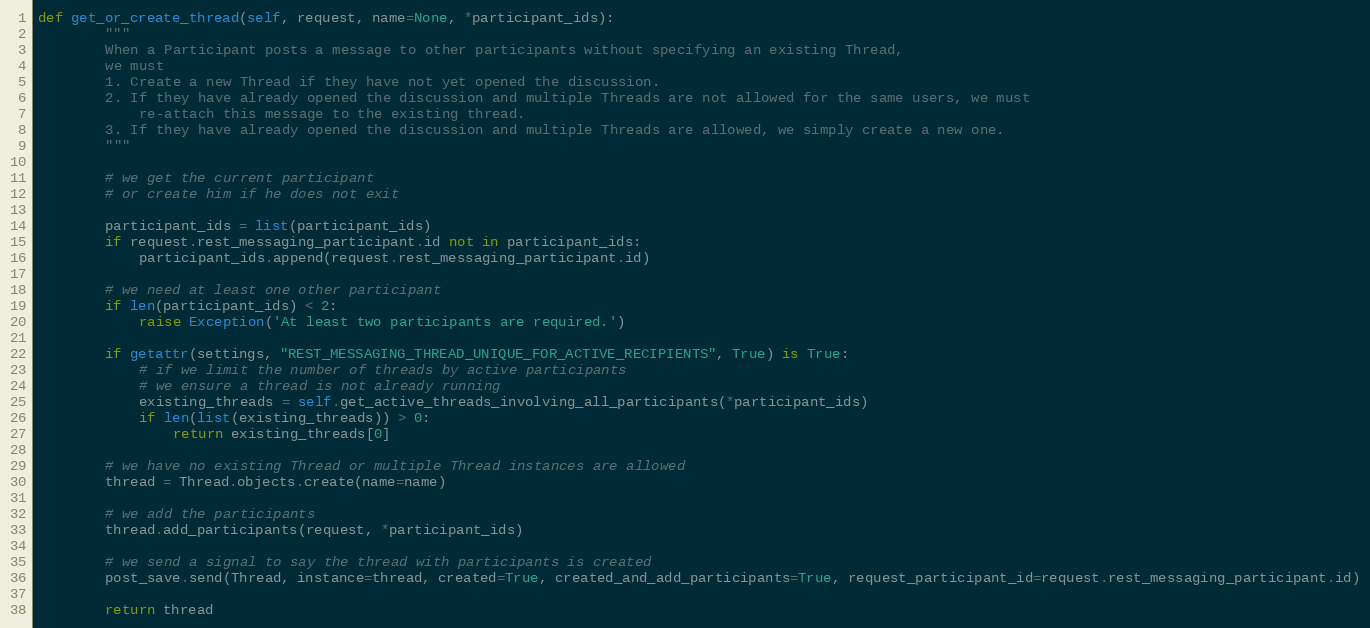
Language: Python
def get_or_create_thread(self, request, name=None, *participant_ids):
        """
        When a Participant posts a message to other participants without specifying an existing Thread,
        we must
        1. Create a new Thread if they have not yet opened the discussion.
        2. If they have already opened the discussion and multiple Threads are not allowed for the same users, we must
            re-attach this message to the existing thread.
        3. If they have already opened the discussion and multiple Threads are allowed, we simply create a new one.
        """

        # we get the current participant
        # or create him if he does not exit

        participant_ids = list(participant_ids)
        if request.rest_messaging_participant.id not in participant_ids:
            participant_ids.append(request.rest_messaging_participant.id)

        # we need at least one other participant
        if len(participant_ids) < 2:
            raise Exception('At least two participants are required.')

        if getattr(settings, "REST_MESSAGING_THREAD_UNIQUE_FOR_ACTIVE_RECIPIENTS", True) is True:
            # if we limit the number of threads by active participants
            # we ensure a thread is not already running
            existing_threads = self.get_active_threads_involving_all_participants(*participant_ids)
            if len(list(existing_threads)) > 0:
                return existing_threads[0]

        # we have no existing Thread or multiple Thread instances are allowed
        thread = Thread.objects.create(name=name)

        # we add the participants
        thread.add_participants(request, *participant_ids)

        # we send a signal to say the thread with participants is created
        post_save.send(Thread, instance=thread, created=True, created_and_add_participants=True, request_participant_id=request.rest_messaging_participant.id)

        return thread